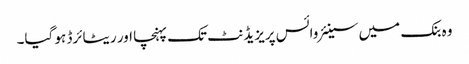
وہ بنک میں سینئر وائس پریزیڈنٹ تک پہنچا اور ریٹائرڈ ہو گیا۔